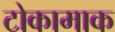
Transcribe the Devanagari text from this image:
टोकामाक